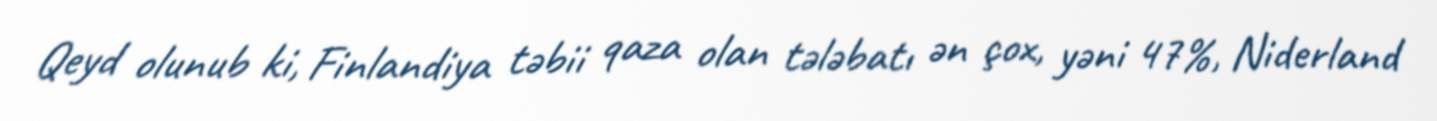
Qeyd olunub ki, Finlandiya təbii qaza olan tələbatı ən çox, yəni 47%, Niderland